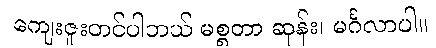
ကျေးဇူးတင်ပါတယ် မစ္စတာ ဆုန်း၊ မင်္ဂလာပါ။